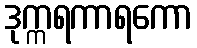
ဒုက္ကရကာရကော